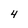
Character: 4